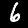
Label: 6